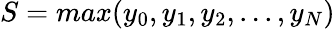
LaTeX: S=max(y_{0},y_{1},y_{2},...,y_{N})